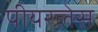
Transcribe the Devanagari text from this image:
पीयरलेस